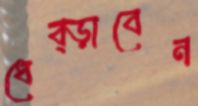
ধেব্‌ড়াবেন